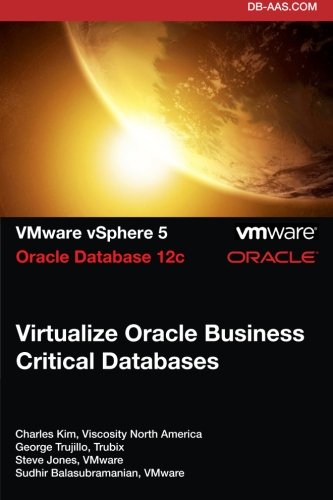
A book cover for Virtualize Oracle Business Critical Databases: Database Infrastructure As A Service; Charles Kim; Computers & Technology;